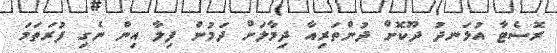
ރޮސެޓާ އުޅަނދު ދޫކޮށް ދުންތަރިއާ ދިމާލަށް ދަމުން ފިލާ އިން ނެގި ފުރަތަމަ